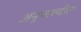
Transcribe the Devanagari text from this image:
अनुपल्ल्वीत